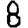
Digit: 8